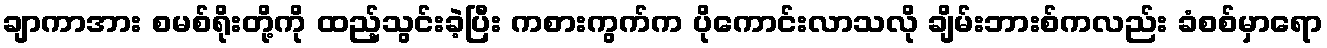
ချာကာအား စမစ်ရိုးတို့ကို ထည့်သွင်းခဲ့ပြီး ကစားကွက်က ပိုကောင်းလာသလို ချိမ်းဘားစ်ကလည်း ခံစစ်မှာရော